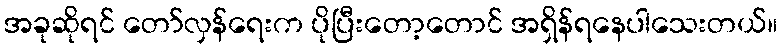
အခုဆိုရင် တော်လှန်ရေးက ပိုပြီးတော့တောင် အရှိန်ရနေပါသေးတယ်။